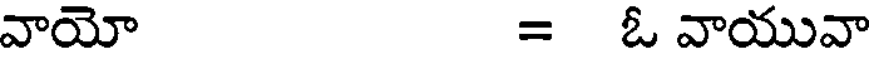
వాయో = ఓ వాయువా